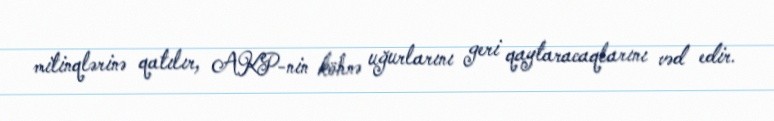
mitinqlərinə qatılır, AKP-nin köhnə uğurlarını geri qaytaracaqlarını vəd edir.